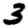
Digit: 3